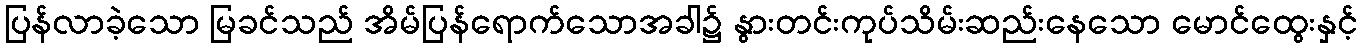
ပြန်လာခဲ့သော မြခင်သည် အိမ်ပြန်ရောက်သောအခါ၌ နွားတင်းကုပ်သိမ်းဆည်းနေသော မောင်ထွေးနှင့်